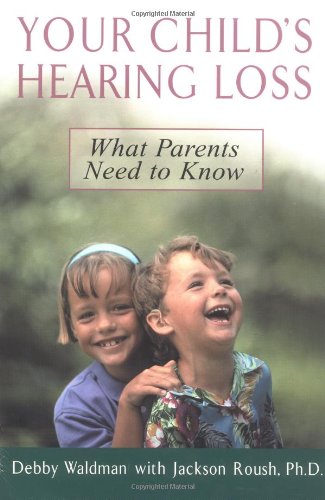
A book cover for Your Child's Hearing Loss: What Parents Need to Know; Debby Waldman; Health, Fitness & Dieting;